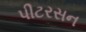
પીટરસન